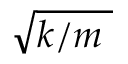
\sqrt { k / m \; }